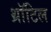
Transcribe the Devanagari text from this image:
थ्रॉटिल